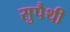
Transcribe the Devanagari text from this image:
सुपैथी